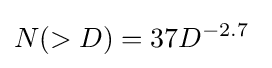
N(>D)=37D^{-2.7}\